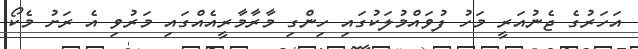
އަހަރުގެ ޖެނުއަރީ މަހު ފުވައްމުލަކުގައި ހިންގި މާރާމާރީއެއްގައި މަރުވި އެ ރަށު މެކޯ